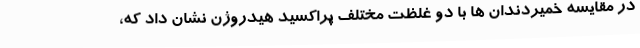
در مقایسه خمیردندان ها با دو غلظت مختلف پراکسید هیدروژن نشان داد که،